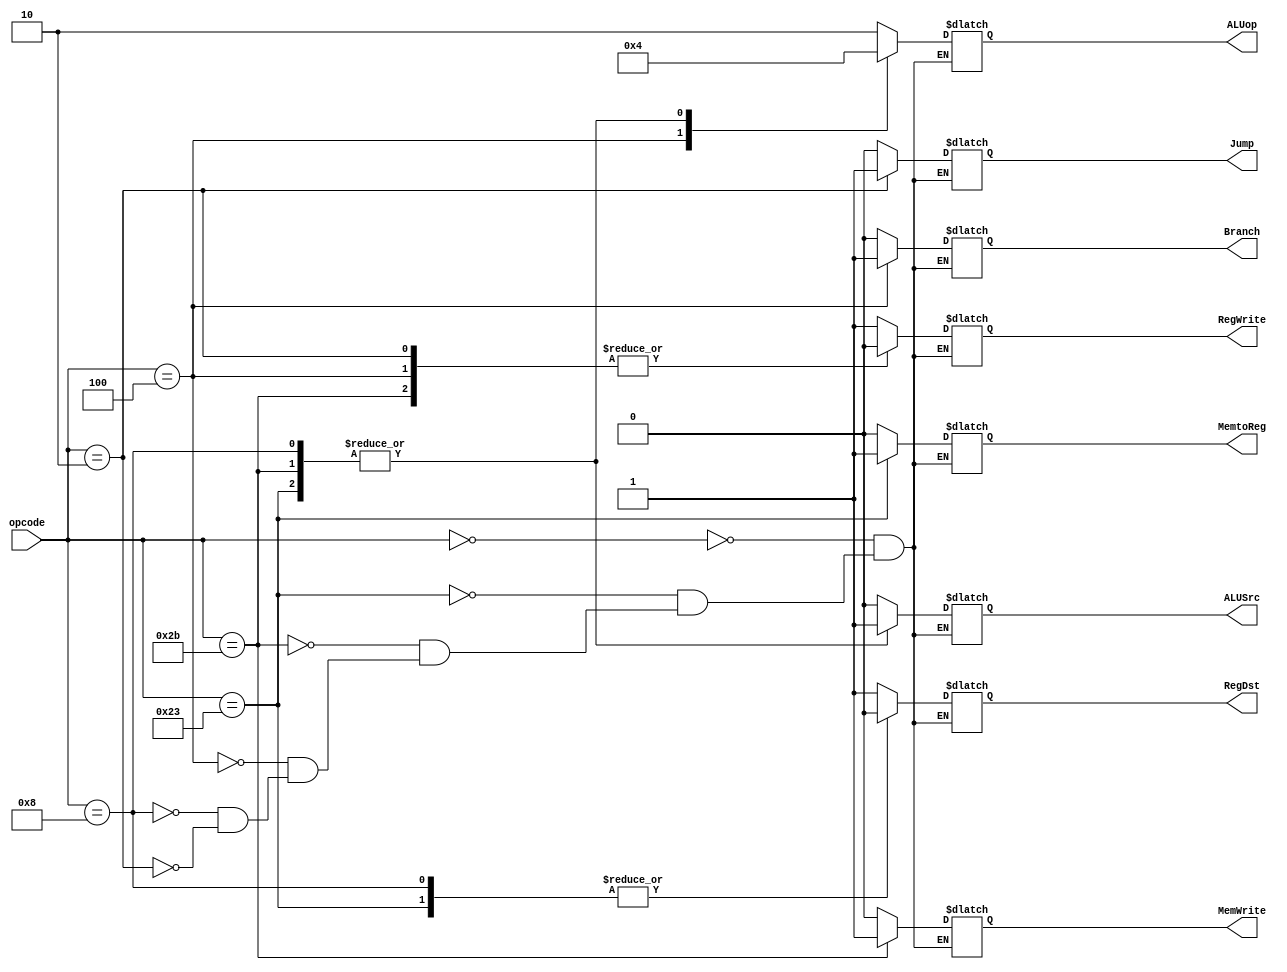
module Main_decoder(
  input [5:0] opcode ,
  output reg [1:0]ALUop ,
  output reg MemtoReg , MemWrite , Branch , ALUSrc , 
         RegDst , RegWrite , Jump
    );
always @*
begin
case(opcode)
  6'b000000 : begin             //R-type
              MemtoReg = 1'b0 ;
              MemWrite = 1'b0 ;  
              Branch = 1'b0 ;
              ALUSrc = 1'b0 ; 
              RegDst = 1'b1 ;
              RegWrite = 1'b1 ;
              ALUop = 2'b10 ;
              Jump = 0;
              end
  6'b100011 : begin            //lw
              MemtoReg = 1'b1 ; 
              MemWrite = 1'b0 ; 
              Branch = 1'b0 ;   
              ALUSrc = 1'b1 ;   
              RegDst = 1'b0 ;   
              RegWrite = 1'b1 ; 
              ALUop = 2'b00 ;   
              Jump = 0;
              end               
 6'b101011 : begin            //sw
              MemtoReg = 1'bx ; 
              MemWrite = 1'b1 ; 
              Branch = 1'b0 ;   
              ALUSrc = 1'b1 ;   
              RegDst = 1'bx ;   
              RegWrite = 1'b0 ; 
              ALUop = 2'b00 ;   
              Jump = 0;
              end    
 6'b000100 : begin            //beq
              MemtoReg = 1'bx ; 
              MemWrite = 1'b0 ; 
              Branch = 1'b1 ;   
              ALUSrc = 1'b0 ;   
              RegDst = 1'bx ;   
              RegWrite = 1'b0; 
              ALUop = 2'b01 ;   
              Jump = 0 ;
              end       

6'b001000 : begin            //addi
              MemtoReg = 1'b0 ; 
              MemWrite = 1'b0 ; 
              Branch = 1'b0 ;   
              ALUSrc = 1'b1 ;   
              RegDst = 1'b0 ;   
              RegWrite = 1'b1; 
              ALUop = 2'b00 ;   
              Jump = 0 ;
              end                        
6'b000010 : begin            //jupm
              MemtoReg = 1'bx ; 
              MemWrite = 1'b0 ; 
              Branch = 1'bx ;   
              ALUSrc = 1'bx ;   
              RegDst = 1'bx ;   
              RegWrite = 1'b0; 
              ALUop = 2'bxx ;   
              Jump = 1 ;
              end    endcase


end
endmodule